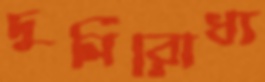
দুর্নিরোধ্য